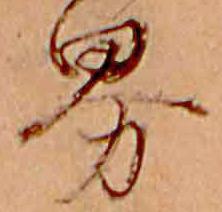
界